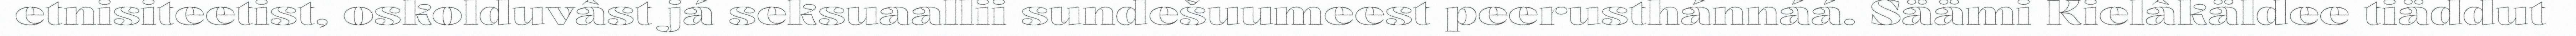
etnisiteetist, oskolduvâst já seksuaallii sundešuumeest peerusthánnáá. Säämi Kielâkäldee tiäddut